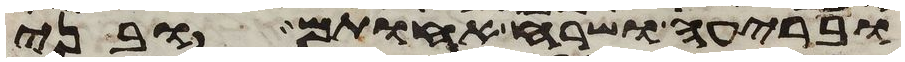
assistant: ובריעה ושרח אחותם ובני